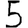
Digit: 5